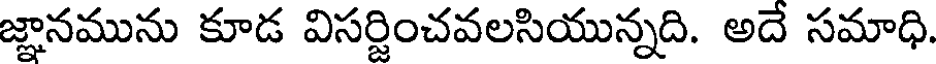
జ్ఞానమును కూడ విసర్జించవలసియున్నది. అదే సమాధి.